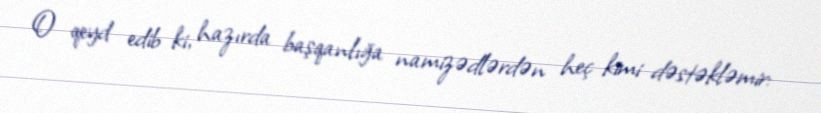
O qeyd edib ki, hazırda başqanlığa namizədlərdən heç kimi dəstəkləmir: